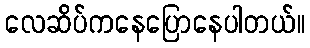
လေဆိပ်ကနေပြောနေပါတယ်။